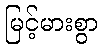
မြင့်မားစွာ